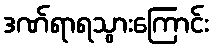
ဒဏ်ရာရသွားကြောင်း